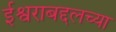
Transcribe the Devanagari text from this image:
ईश्वराबद्दलच्या